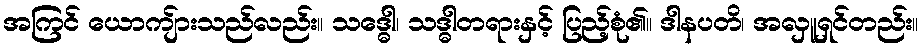
အကြင် ယောကျ်ားသည်လည်း။ သဒ္ဓေါ၊ သဒ္ဓါတရားနှင့် ပြည့်စုံ၏။ ဒါနပတိ၊ အလှူရှင်တည်း။